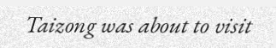
Taizong was about to visit